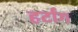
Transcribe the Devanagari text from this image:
हर्टांग